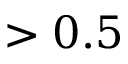
> 0 . 5